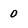
Character: 0